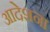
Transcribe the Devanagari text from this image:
आदेशना